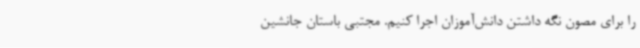
را برای مصون نگه داشتن دانش‌آموزان اجرا کنیم. مجتبی باستان جانشین